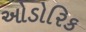
ઓડોરિક